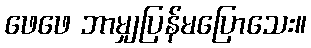
ဖေဖေ ဘာမျှပြန်မပြောသေး။